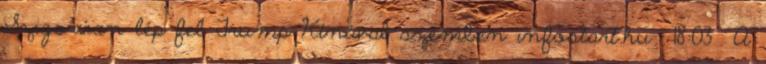
Szigorúan lép fel Trump Kínával szemben infostart.hu 18:03 A